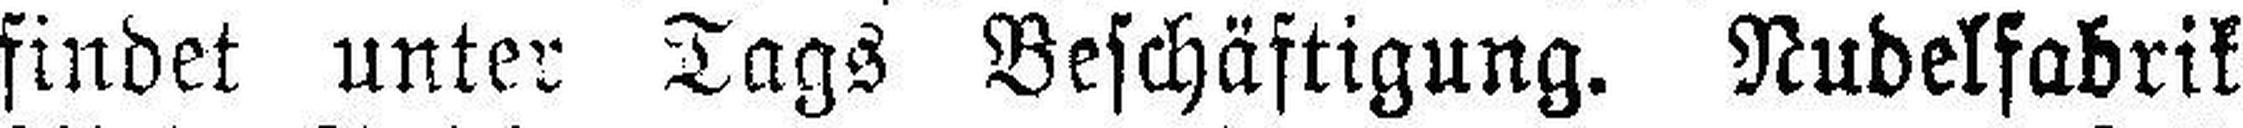
findet unter Tags Beschäftigung. Nudelfabrik